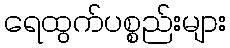
ရေထွက်ပစ္စည်းများ